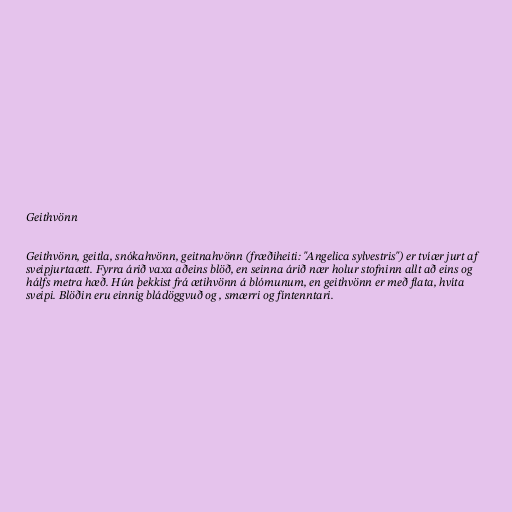
Geithvönn

Geithvönn, geitla, snókahvönn, geitnahvönn (fræðiheiti: "Angelica sylvestris") er tvíær jurt af
sveipjurtaætt. Fyrra árið vaxa aðeins blöð, en seinna árið nær holur stofninn allt að eins og
hálfs metra hæð. Hún þekkist frá ætihvönn á blómunum, en geithvönn er með flata, hvíta
sveipi. Blöðin eru einnig bládöggvuð og , smærri og fíntenntari.